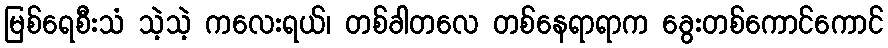
မြစ်ရေစီးသံ သဲ့သဲ့ ကလေးရယ်၊ တစ်ခါတလေ တစ်နေရာရာက ခွေးတစ်ကောင်ကောင်